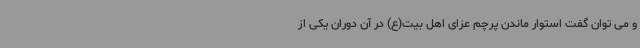
و می توان گفت استوار ماندن پرچم عزای اهل بیت(ع) در آن دوران یکی از